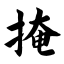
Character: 掩